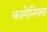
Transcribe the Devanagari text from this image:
कामेनियस